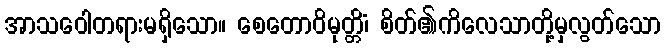
အာသဝေါတရားမရှိသော။ စေတောဝိမုတ္တိံ၊ စိတ်၏ကိလေသာတို့မှလွတ်သော